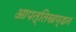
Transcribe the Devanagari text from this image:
आपत्तिखण्डन